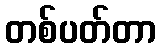
တစ်ပတ်တာ